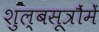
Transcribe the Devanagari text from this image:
शुल्बसूत्रौंमें